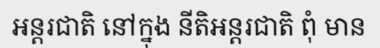
អន្តរជាតិ នៅក្នុង នីតិអន្តរជាតិ ពុំ មាន